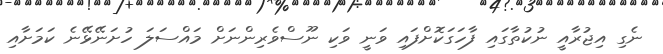
ނެގި އިޖުރާއީ ނުކުތާގައި ފާހަގަކޮށްފައި ވަނީ ވަކި ނޫސްވެރިންނަށް މައްސަލަ ހުށަނޭޅޭނެ ކަމަށާއި